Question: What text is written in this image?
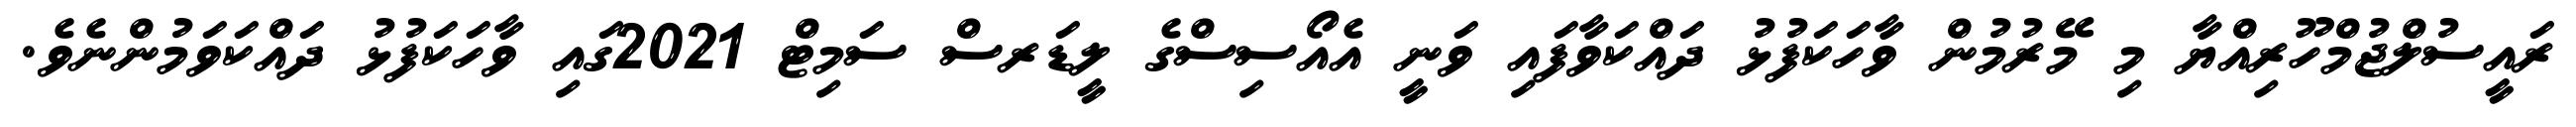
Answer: ރައީސުލްޖުމްހޫރިއްޔާ މި މޭރުމުން ވާހަކަފުޅު ދައްކަވާފައި ވަނީ އެއޯސިސްގެ ލީޑަރސް ސަމިޓް 2021ގައި ވާހަކަފުޅު ދައްކަވަމުންނެވެ.